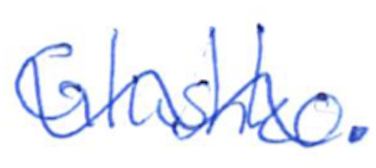
Text: Glushko.
Cross-out: wave
Writing tool: ballpoint